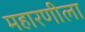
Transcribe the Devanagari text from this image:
महारणीला